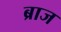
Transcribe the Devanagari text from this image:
ब्राज